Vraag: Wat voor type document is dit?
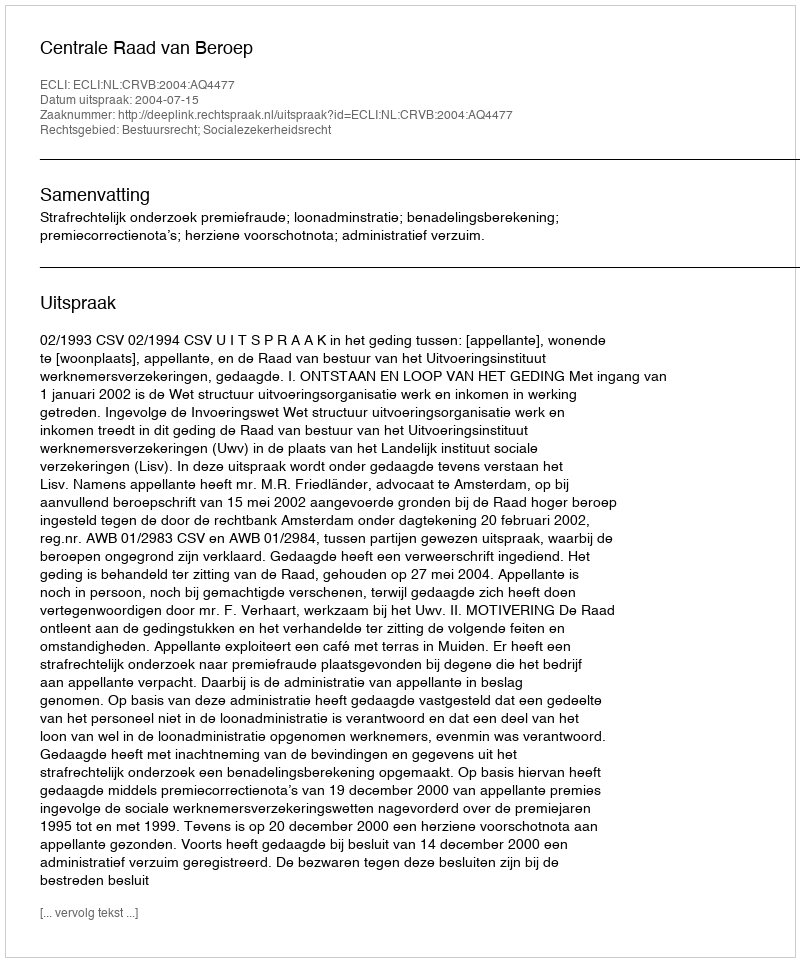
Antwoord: Uitspraak